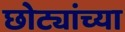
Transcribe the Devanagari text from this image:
छोट्यांच्या